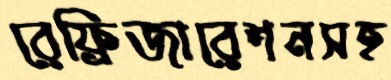
রেফ্রিজারেশনসহ